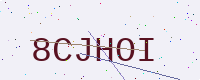
Text: 8CJHOI